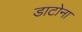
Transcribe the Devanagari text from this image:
डाटोना